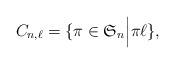
LaTeX: \begin{align*}C_{n, \ell} = \{ \pi \in \mathfrak{S}_{n} \Big{|} \pi \ell \},\end{align*}